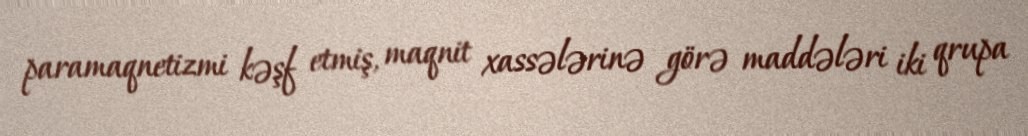
paramaqnetizmi kəşf etmiş, maqnit xassələrinə görə maddələri iki qrupa